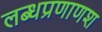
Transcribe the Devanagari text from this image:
लब्धप्रणाणश